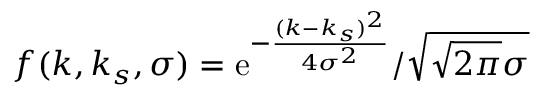
f ( k , k _ { s } , \sigma ) = \mathrm { e } ^ { - \frac { ( k - k _ { s } ) ^ { 2 } } { 4 \sigma ^ { 2 } } } / \sqrt { \sqrt { 2 \pi } \sigma }